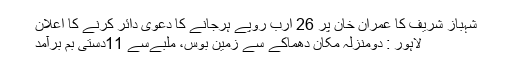
شہباز شریف کا عمران خان پر 26 ارب روپے ہرجانے کا دعویٰ دائر کرنے کا اعلان
لاہور : دومنزلہ مکان دھماکے سے زمین بوس، ملبےسے 11دستی بم برآمد